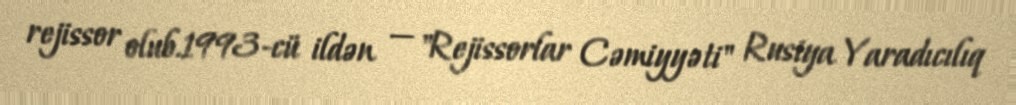
rejissor olub.1993-cü ildən — "Rejissorlar Cəmiyyəti" Rusiya Yaradıcılıq